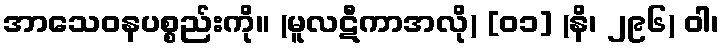
အာသေဝနပစ္စည်းကို။ (မူလဋီကာအလို) [၀၁] (နိ၊ ၂၉၆) ဝါ၊